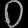
Digit: ၀